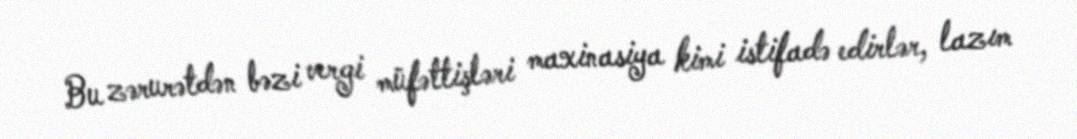
Bu zərurətdən bəzi vergi müfəttişləri maxinasiya kimi istifadə edirlər, lazım